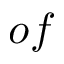
o f